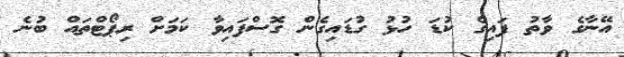
އޭނާގެ ވާތު ފައިގެ ކުޑަ ހުޅު ގުޑައިގެން ގޮސްފައިވާ ކަމަށް ރިޕޯޓްތައް ބުނެ